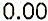
0.00